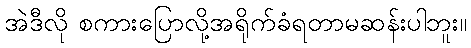
အဲဒီလို စကားပြောလို့အရိုက်ခံရတာမဆန်းပါဘူး။